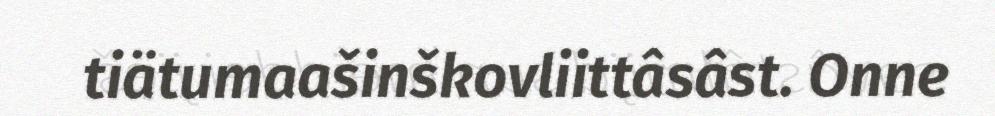
tiätumaašinškovliittâsâst. Onne